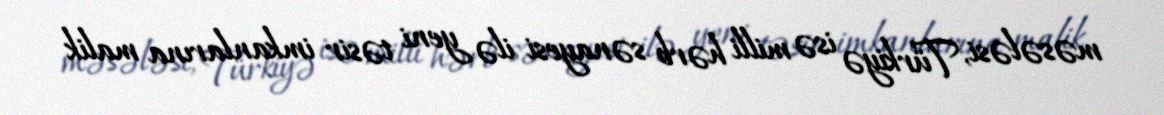
məsələsi, Türkiyə isə milli hərb sənayesi ilə yeni təsir imkanlarına malik